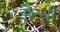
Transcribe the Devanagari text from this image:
झैन्थी